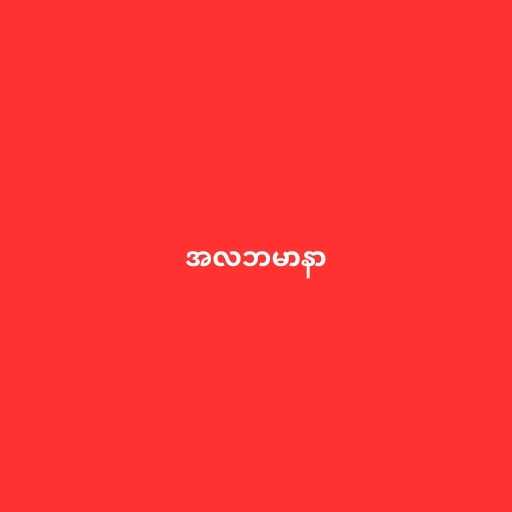
အလဘမာနာ